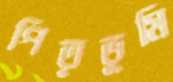
পিতৃভূমি